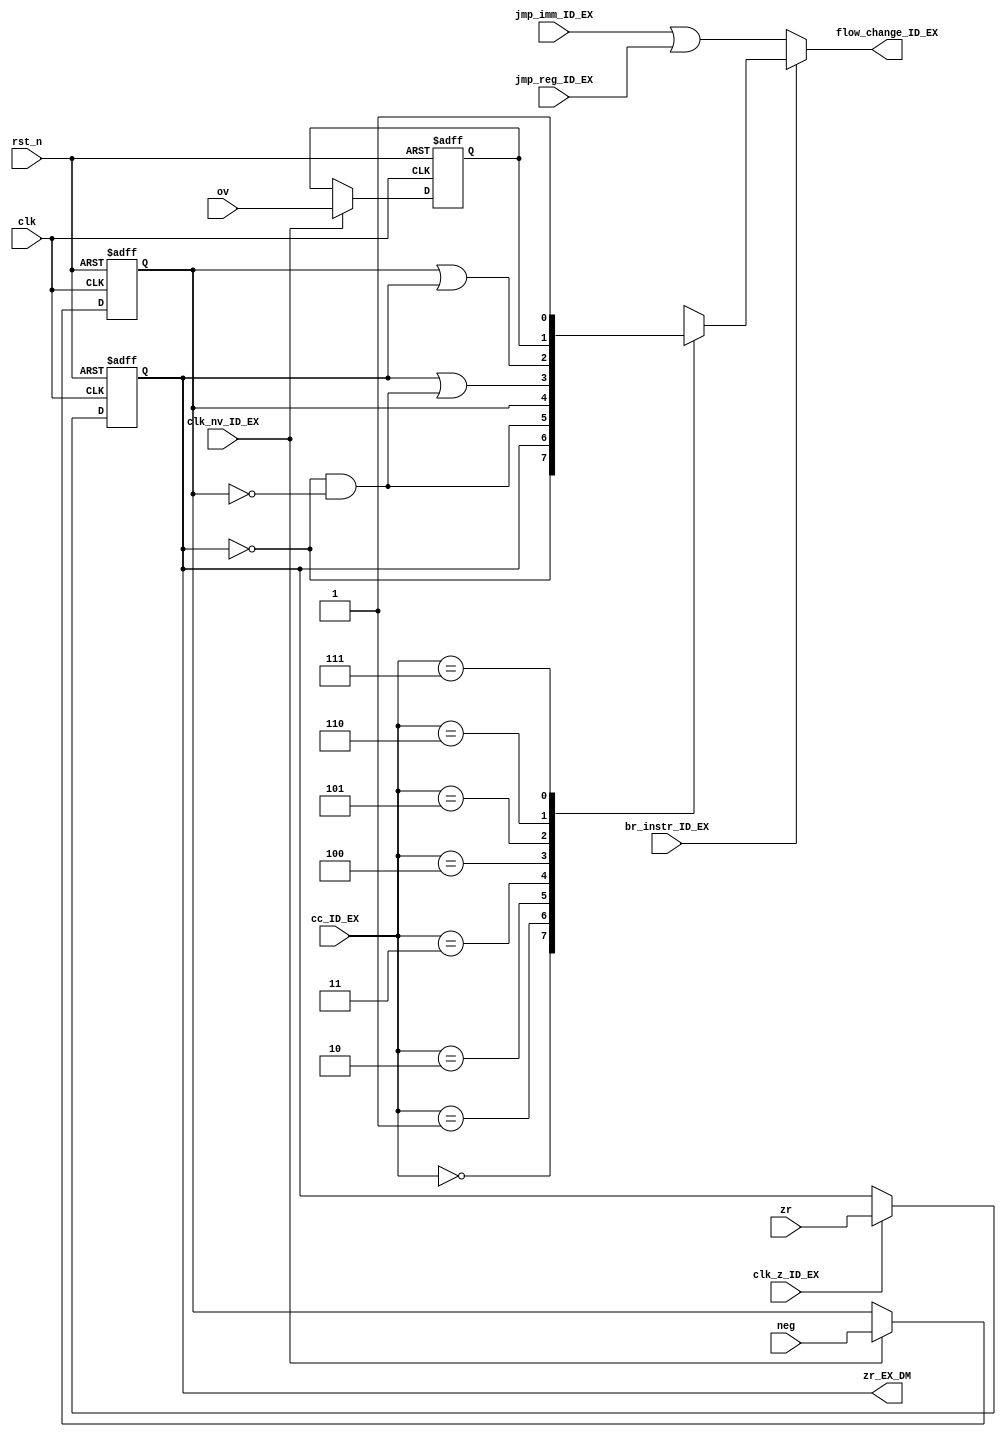
module br_bool(clk,rst_n,clk_z_ID_EX,clk_nv_ID_EX,br_instr_ID_EX,
               jmp_imm_ID_EX,jmp_reg_ID_EX,cc_ID_EX,zr,ov,neg,
			   zr_EX_DM,flow_change_ID_EX);

//////////////////////////////////////////////////////
// determines branch or not based on cc, and flags //
////////////////////////////////////////////////////
input clk,rst_n;
input clk_z_ID_EX;			// from ID, tells us to flop the zero flag
input clk_nv_ID_EX;			// from ID, tells us to flop the overflow flag
input br_instr_ID_EX;		// from ID, tell us if this is a branch instruction
input jmp_imm_ID_EX;		// from ID, tell us this is jump immediate instruction
input jmp_reg_ID_EX;		// from ID, tell us this is jump register instruction
input [2:0] cc_ID_EX;		// condition code from instr[11:9]
input zr,ov,neg;			// flag bits from ALU

output reg flow_change_ID_EX;		// asserted if we should take branch or jumping
output reg zr_EX_DM;				// goes to ID for ADDZ

reg neg_EX_DM,ov_EX_DM;

/////////////////////////
// Flop for zero flag //
///////////////////////
always @(posedge clk, negedge rst_n)
  if (!rst_n)
    zr_EX_DM  <= 0;
  else if (clk_z_ID_EX) 
    zr_EX_DM  <= zr;

	
/////////////////////////////////////
// Flops for negative and ov flag //
///////////////////////////////////
always @(posedge clk, negedge rst_n)
  if (!rst_n)
    begin
      ov_EX_DM  <= 0;
	  neg_EX_DM <= 0;
	end
  else if (clk_nv_ID_EX)
    begin
      ov_EX_DM  <= ov;
	  neg_EX_DM <= neg;
	end

always @(br_instr_ID_EX,cc_ID_EX,zr_EX_DM,ov_EX_DM,neg_EX_DM,jmp_reg_ID_EX,jmp_imm_ID_EX) begin

  flow_change_ID_EX = jmp_imm_ID_EX | jmp_reg_ID_EX;	// jumps always change the flow
  
  if (br_instr_ID_EX)
    case (cc_ID_EX)
	  3'b000 : flow_change_ID_EX = ~zr_EX_DM;
	  3'b001 : flow_change_ID_EX = zr_EX_DM;
	  3'b010 : flow_change_ID_EX = ~zr_EX_DM & ~neg_EX_DM;
	  3'b011 : flow_change_ID_EX = neg_EX_DM;
	  3'b100 : flow_change_ID_EX = zr_EX_DM | (~zr_EX_DM & ~neg_EX_DM);
	  3'b101 : flow_change_ID_EX = neg_EX_DM | zr_EX_DM;
	  3'b110 : flow_change_ID_EX = ov_EX_DM;
	  3'b111 : flow_change_ID_EX = 1;
	endcase
end

endmodule